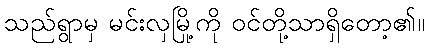
သည်ရွာမှ မင်းလှမြို့ကို ဝင်တို့သာရှိတော့၏။